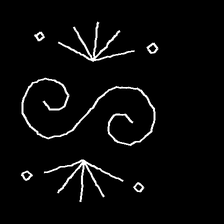
Glyph: aeroform